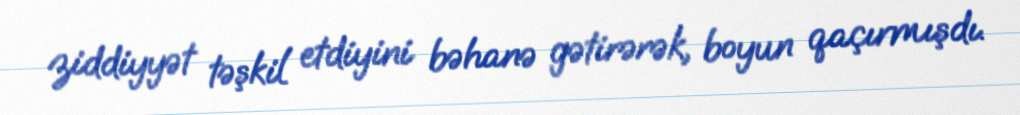
ziddiyyət təşkil etdiyini bəhanə gətirərək, boyun qaçırmışdı.